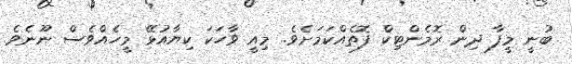
ބުނީ މީފާ ދިން ރޮމެންޓިކް ފޮތެއްކަމަށެވެ. މިއީ ވާހަކަ ކިޔާއުޅޭ މީހެއްވެސް ނޫނެވެ.